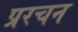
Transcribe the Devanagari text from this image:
प्ररचन